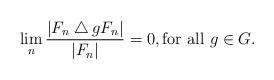
LaTeX: \begin{align*}\lim_n \frac{|F_n \bigtriangleup g F_n|}{|F_n|} = 0, \textrm{for all $g \in G$}.\end{align*}